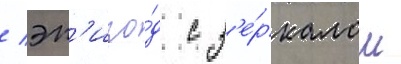
/ эп'изо́д с з'е́ркалом